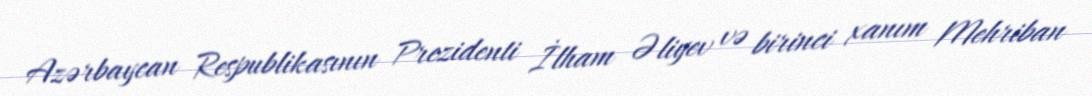
Azərbaycan Respublikasının Prezidenti İlham Əliyev və birinci xanım Mehriban